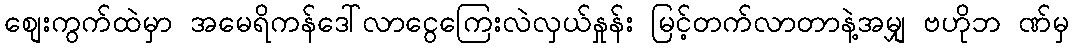
စျေးကွက်ထဲမှာ အမေရိကန်ဒေါ်လာငွေကြေးလဲလှယ်နှုန်း မြင့်တက်လာတာနဲ့အမျှ ဗဟိုဘ ဏ်မှ